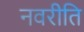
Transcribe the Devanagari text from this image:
नवरीति